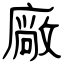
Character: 廠